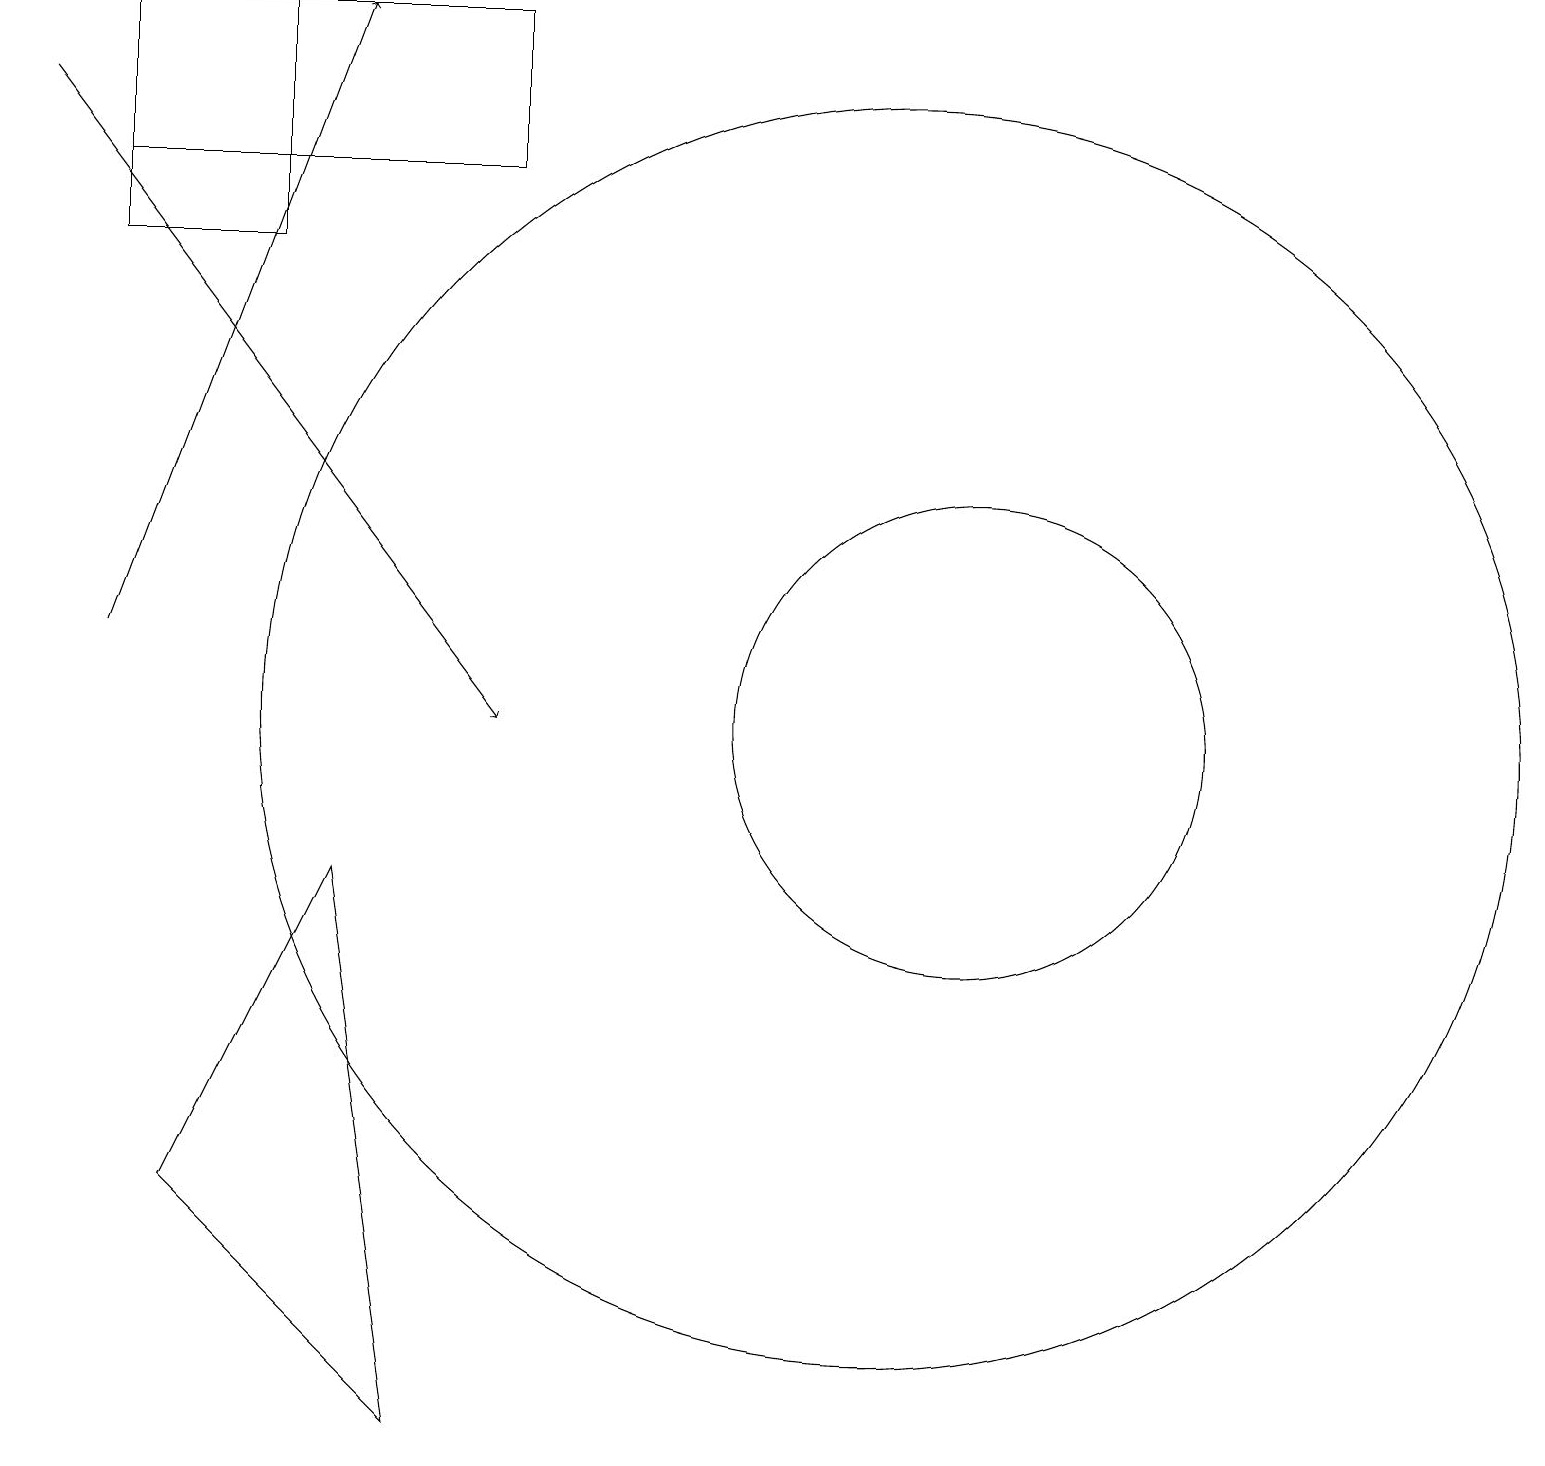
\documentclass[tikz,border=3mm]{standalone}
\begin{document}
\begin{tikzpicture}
\draw (5,1) -- (4,8) -- (2,4) -- cycle;
\draw (12,10) circle (3);
\draw (1,19) rectangle (3,16);
\draw[->] (0,18) -- (6,10);
\draw (1,19) rectangle (6,17);
\draw[->] (1,11) -- (4,19);
\draw (11,10) circle (8);
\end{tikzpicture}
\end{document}